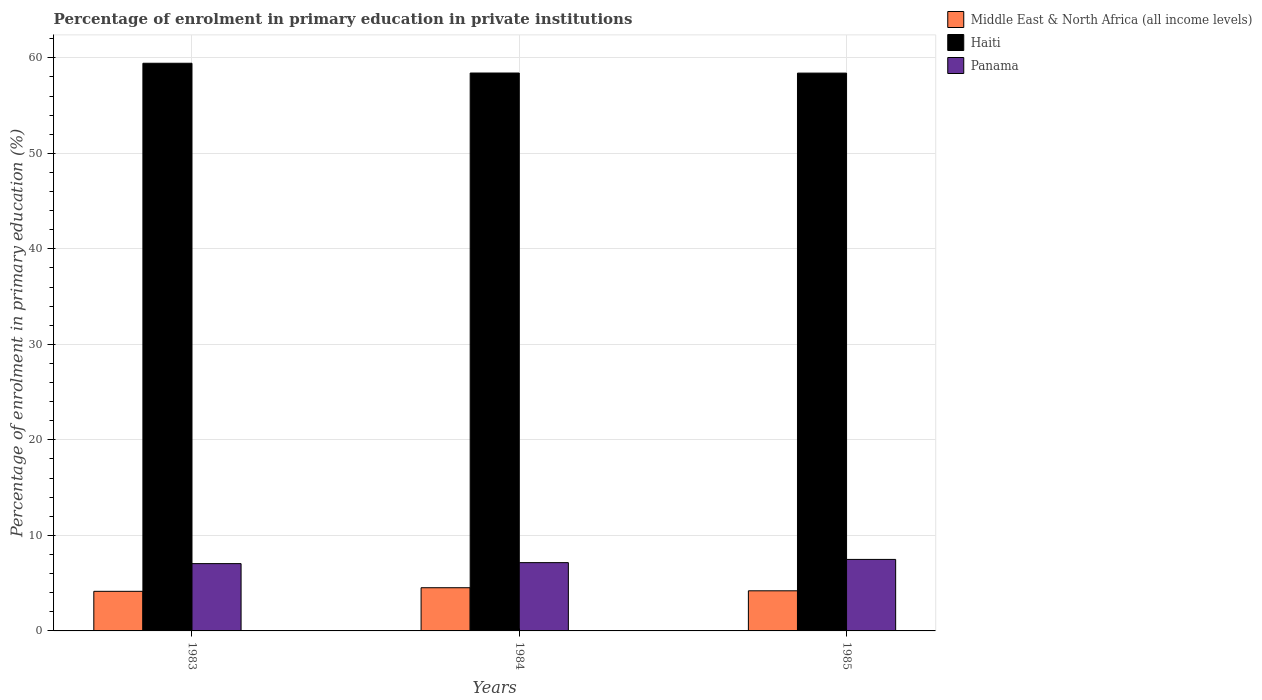
| Years | Middle East & North Africa (all income levels) | Haiti | Panama |
 | --- | --- | --- | --- |
 | 1983 | 4.15 | 59.4 | 7.05 |
 | 1984 | 4.52 | 58.4 | 7.15 |
 | 1985 | 4.2 | 58.4 | 7.49 |